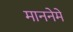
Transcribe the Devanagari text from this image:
माननेमे